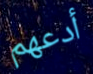
أدعهم